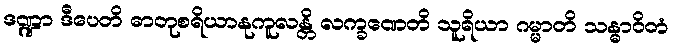
ဒဏ္ဍာ ဒီပေတိ ဓာတုစရိယာနုကူလန္တိ လက္ခဏေတိ သူရိယာ ဂမ္မာတိ သန္ဓာဝိတံ